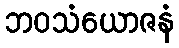
ဘဝသံယောဇနံ